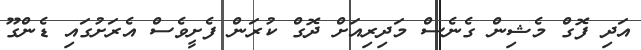
އަދި ފޮގް މެޝިން ގެނެސް މަދިރިއަށް ދޮގް ކުރަން ފެށީވެސް އެރަށުގައި ޑެންގޫ